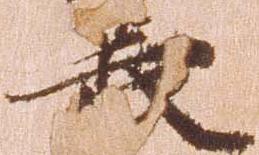
長